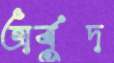
অর্বুদ